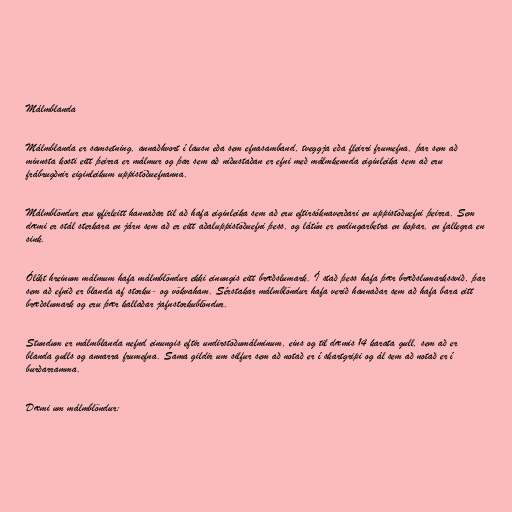
Málmblanda

Málmblanda er samsetning, annaðhvort í lausn eða sem efnasamband, tveggja eða fleirri frumefna, þar sem að
minnsta kosti eitt þeirra er málmur og þar sem að niðustaðan er efni með málmkennda eiginleika sem að eru
frábrugðnir eiginleikum uppistöðuefnanna.

Málmblöndur eru yfirleitt hannaðar til að hafa eiginleika sem að eru eftirsóknaverðari en uppistöðuefni þeirra. Sem
dæmi er stál sterkara en járn sem að er eitt aðaluppistöðuefni þess, og látún er endingarbetra en kopar, en fallegra en
sink.

Ólíkt hreinum málmum hafa málmblöndur ekki einungis eitt bræðslumark. Í stað þess hafa þær bræðslumarkssvið, þar
sem að efnið er blanda af storku- og vökvaham. Sérstakar málmblöndur hafa verið hannaðar sem að hafa bara eitt
bræðslumark og eru þær kallaðar jafnstorkublöndur.

Stundum er málmblanda nefnd einungis eftir undirstöðumálminum, eins og til dæmis 14 karata gull, sem að er
blanda gulls og annarra frumefna. Sama gildir um silfur sem að notað er í skartgripi og ál sem að notað er í
burðarramma.

Dæmi um málmblöndur: